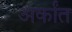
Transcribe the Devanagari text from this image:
अर्कांत